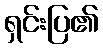
ရှင်းပြ၏